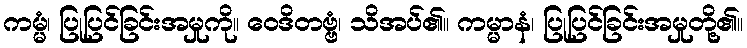
ကမ္မံ၊ ပြုပြင်ခြင်းအမှုကို။ ဝေဒိတဗ္ဗံ၊ သိအပ်၏။ ကမ္မာနံ၊ ပြုပြင်ခြင်းအမှုတို့၏။